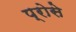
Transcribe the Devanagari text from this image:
प्रोसे